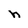
Character: h